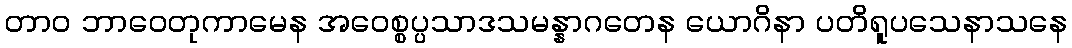
တာဝ ဘာဝေတုကာမေန အဝေစ္စပ္ပသာဒသမန္နာဂတေန ယောဂိနာ ပတိရူပသေနာသနေ